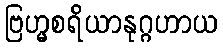
ဗြဟ္မစရိယာနုဂ္ဂဟာယ